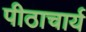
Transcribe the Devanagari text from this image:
पीठाचार्य